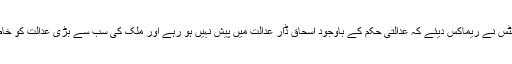
اس موقع پر چیف جسٹس نے ریماکس دیئے کہ عدالتی حکم کے باوجود اسحاق ڈار عدالت میں پیش نہیں ہو رہے اور ملک کی سب سے بڑی عدالت کو خاطر میں نہیں لا رہے۔